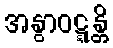
အနွာဝဋ္ဋန္တိ